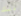
ذلك